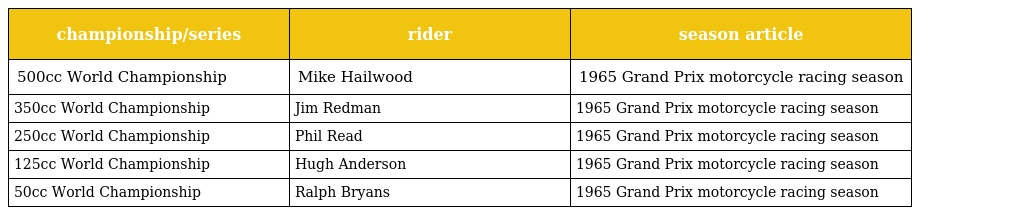
| championship/series | rider | season article |
 | --- | --- | --- |
 | 500cc World Championship | Mike Hailwood | 1965 Grand Prix motorcycle racing season |
 | 350cc World Championship | Jim Redman | 1965 Grand Prix motorcycle racing season |
 | 250cc World Championship | Phil Read | 1965 Grand Prix motorcycle racing season |
 | 125cc World Championship | Hugh Anderson | 1965 Grand Prix motorcycle racing season |
 | 50cc World Championship | Ralph Bryans | 1965 Grand Prix motorcycle racing season |